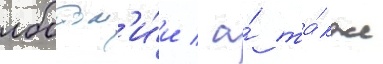
лоботом'и́и / а́ та́кже